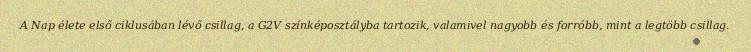
A Nap élete első ciklusában lévő csillag, a G2V színképosztályba tartozik, valamivel nagyobb és forróbb, mint a legtöbb csillag.